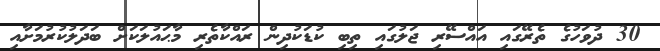
30 ދުވަހުގެ ތެރޭގައި އައްސޭރި ޖަލުގައި ތިބި ކުޑަކުދިން ރައްކާތެރި މާޙައުލަކަށް ބަދަލުކުރުމަށާއި